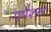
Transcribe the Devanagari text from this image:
एपेशल